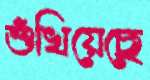
শুঁখিয়েছে